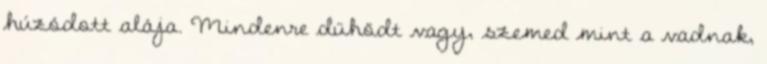
húzódott alája. Mindenre dühödt vagy, szemed mint a vadnak,